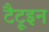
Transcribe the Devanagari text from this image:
टैटूइन